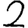
Digit: 2